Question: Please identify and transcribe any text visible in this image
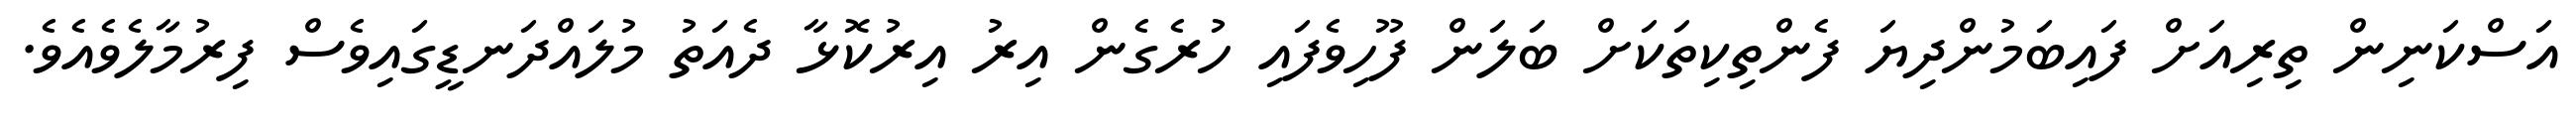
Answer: އަސްކަނިން ތިރިއަށް ފައިބަމުންދިޔަ ފެންތިކިތަކަށް ބަލަން ފޫހިވެފައި ހުރެގެން އިރު އިރުކޮޅާ ދެއަތު މުލައްދަނޑީގައިވެސް ފިރުމާލެވެއެވެ.